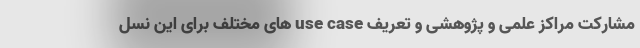
مشارکت مراکز علمی و پژوهشی و تعریف use case های مختلف برای این نسل